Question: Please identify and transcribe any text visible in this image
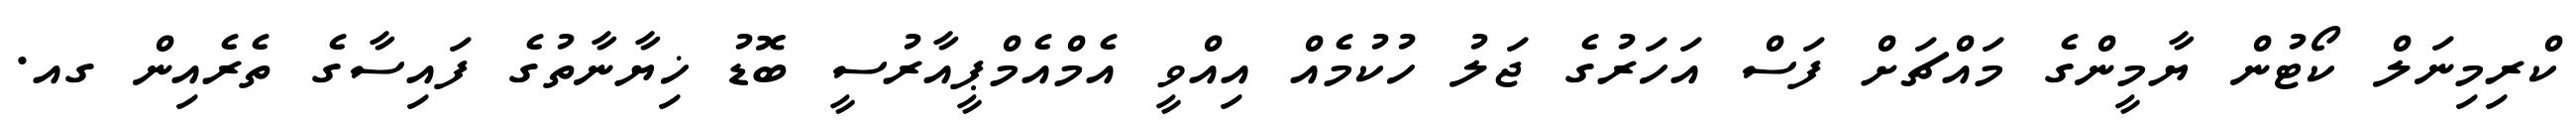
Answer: ކްރިމިނަލް ކޯޓުން ޔާމީންގެ މައްޗަށް ފަސް އަހަރުގެ ޖަލު ހުކުމެއް އިއްވީ އެމްއެމްޕީއާރުސީ ބޮޑު ޚިޔާނާތުގެ ފައިސާގެ ތެރެއިން ގއ.